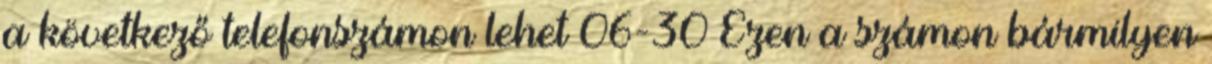
a következő telefonszámon lehet 06-30 Ezen a számon bármilyen